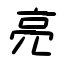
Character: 亮